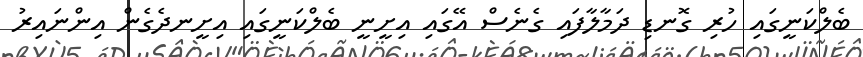
ބެލްކަނީގައި ހުރި ގޮނޑި ދަމާލާފައި ގެނެސް އޭގައި އިށީނީ ބެލްކަނީގައި އިށީނދެގެން އިންނައިރު